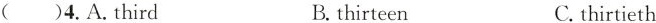
( )4.A.third B. thirteen C.thirtieth